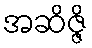
အဆိဇ္ဇိ